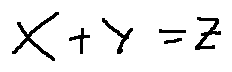
x + y = z